Leningradi_Edasi_toimetus, lk 76
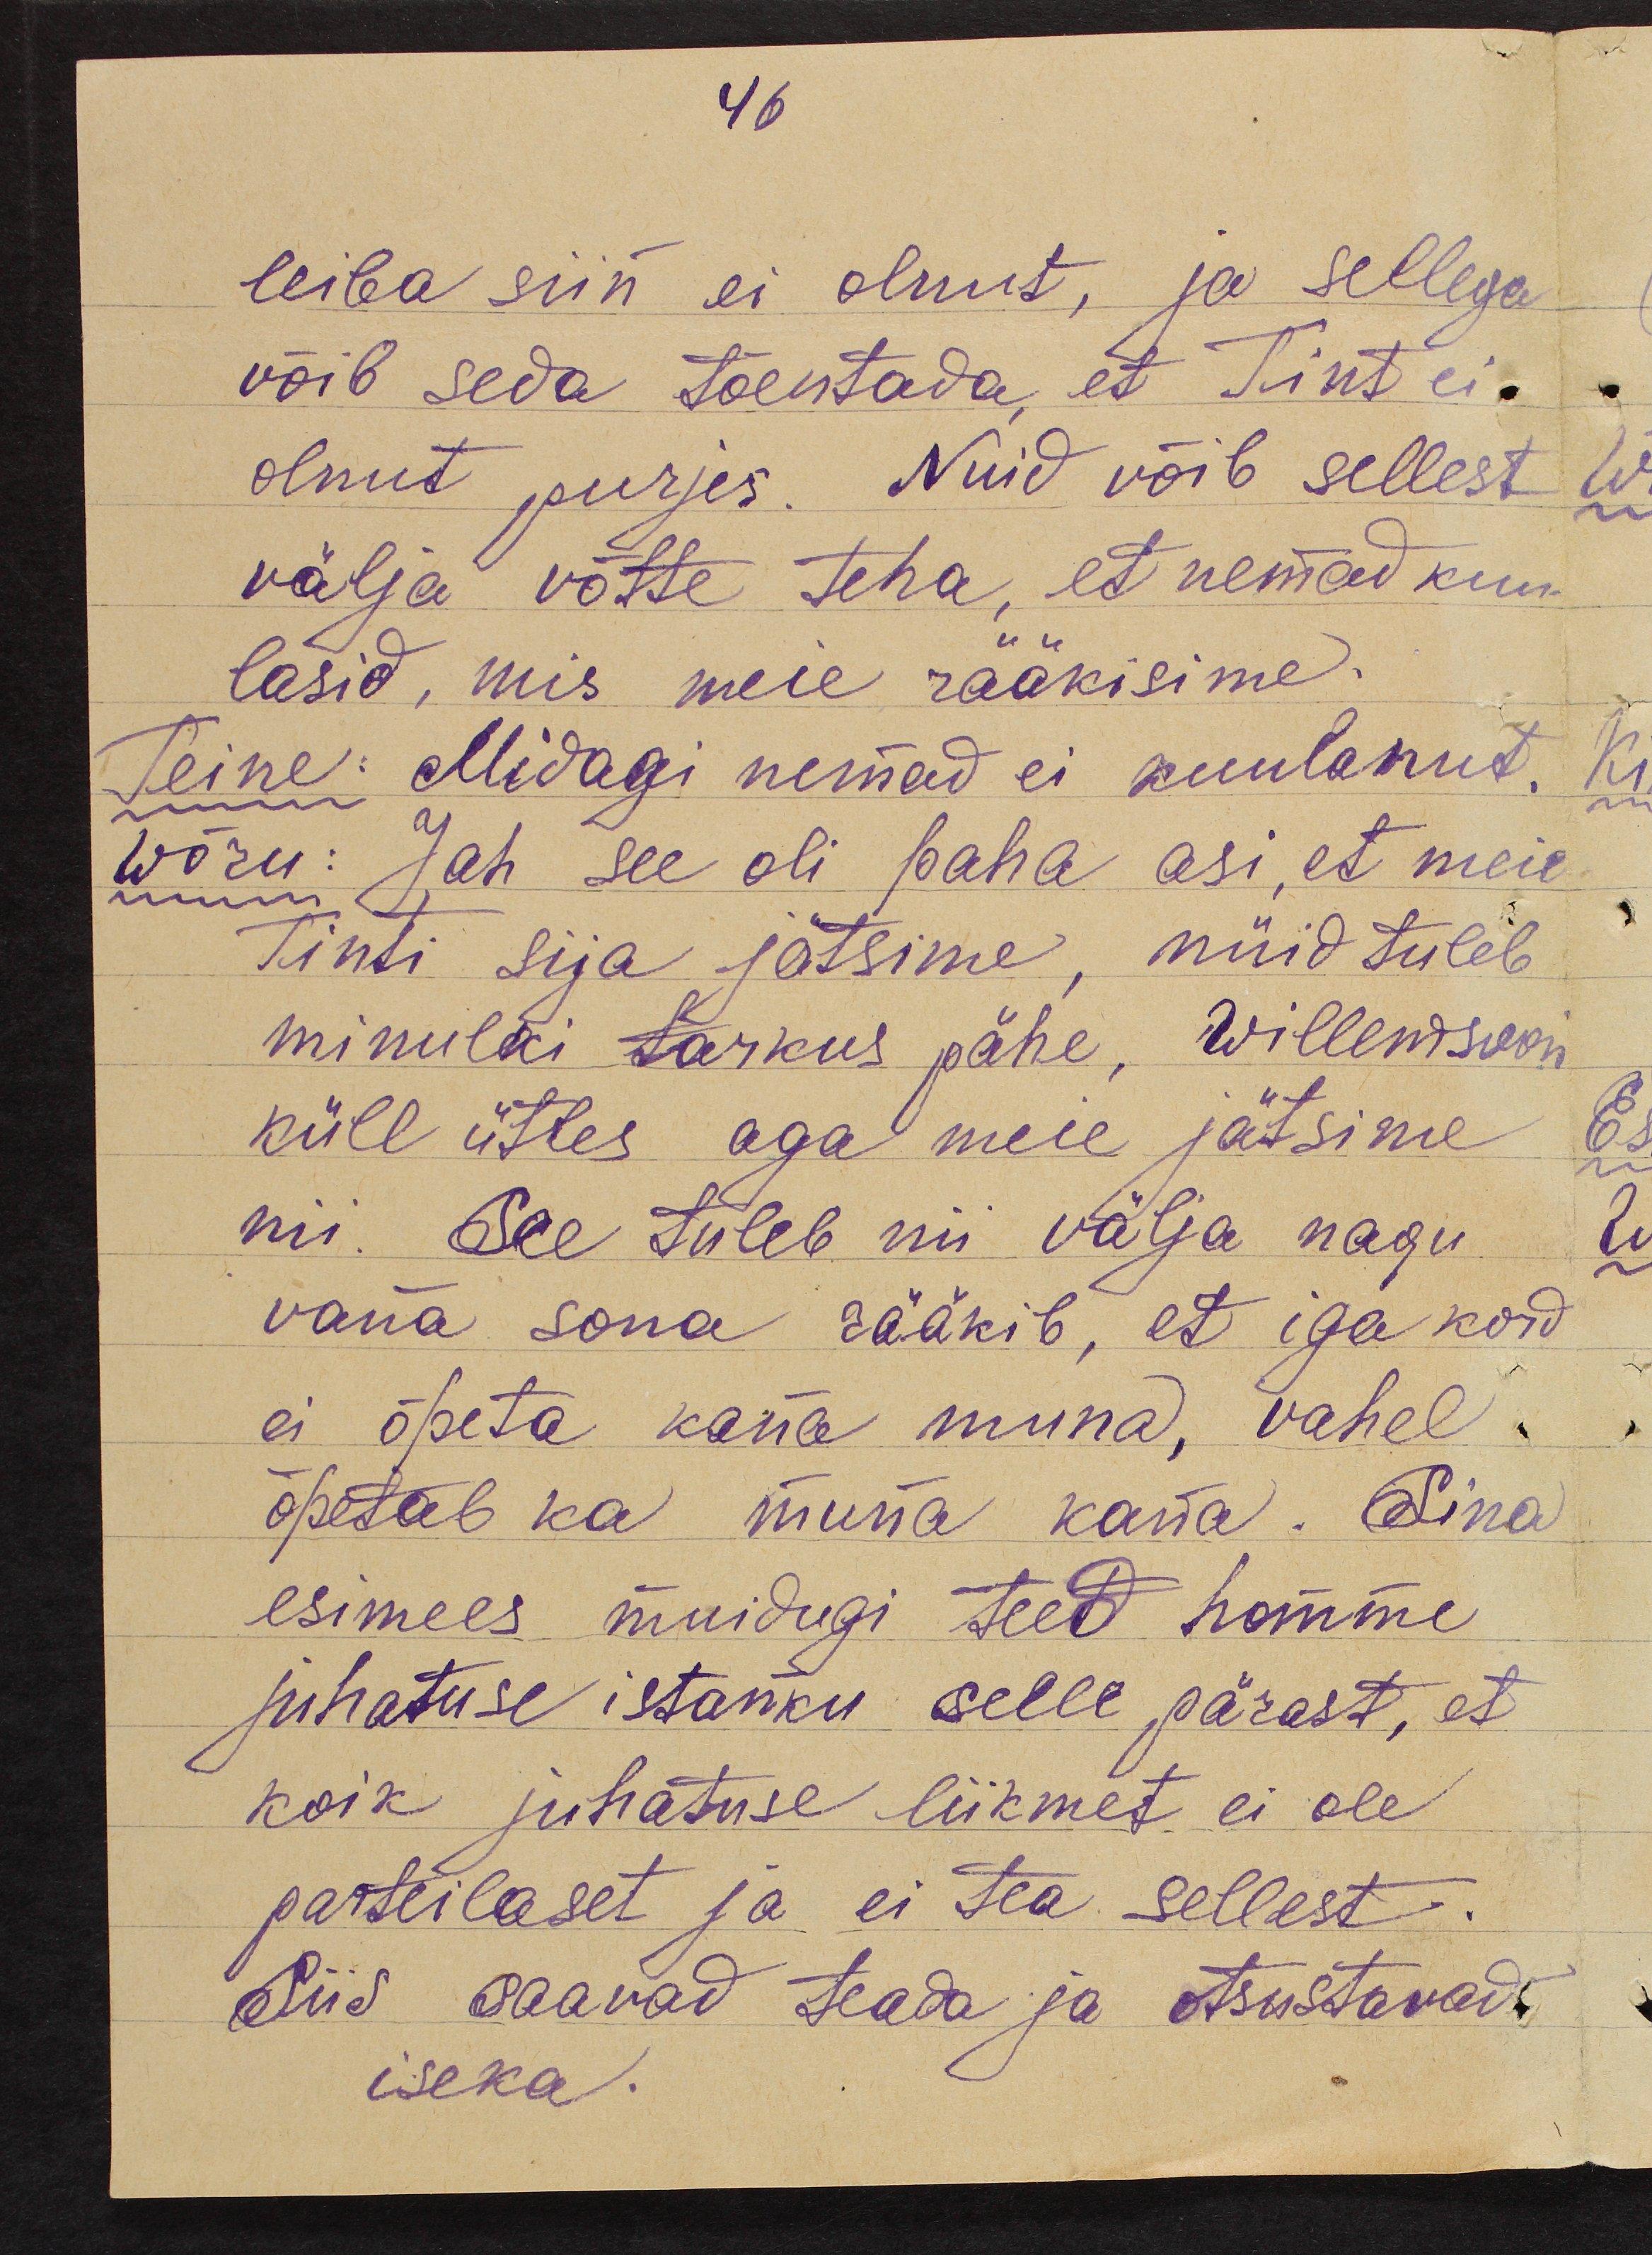
46
leiba siin ei olnut, ja sellega
võib seda tõentada, et Tint ei
olnut purjes. Nuid võib sellest
välja võtte teha, et nemad kuu-
lasid, mis meie rääkisime.
Teine: Midagi nemad ei kuulanud.
Wõru: Jah see oli paha asi, et meie
Tinti sija jätsime, nüid tuleb
minulki tarkus pähe, Willemsoon
küll ütles aga meie jätsime
nii. See tuleb nii välja nagu
vana sona rääkib, et iga kord
ei õpeta kana muna, vahel
õpetab ka muna kana. Sina
esimees muidugi teed homme
juhatuse istanku selle pärast, et
koik juhatuse liikmet ei ole
parteilaset ja ei tea sellest.
Siis saavad teada ja otsustavad
iseka.